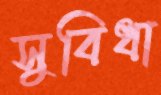
সুবিধা